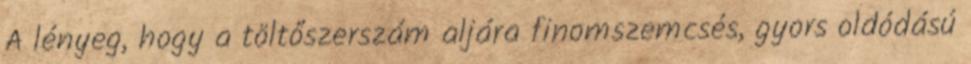
A lényeg, hogy a töltőszerszám aljára finomszemcsés, gyors oldódású